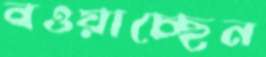
বওয়াচ্ছেন